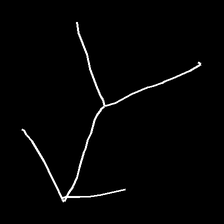
Glyph: gather